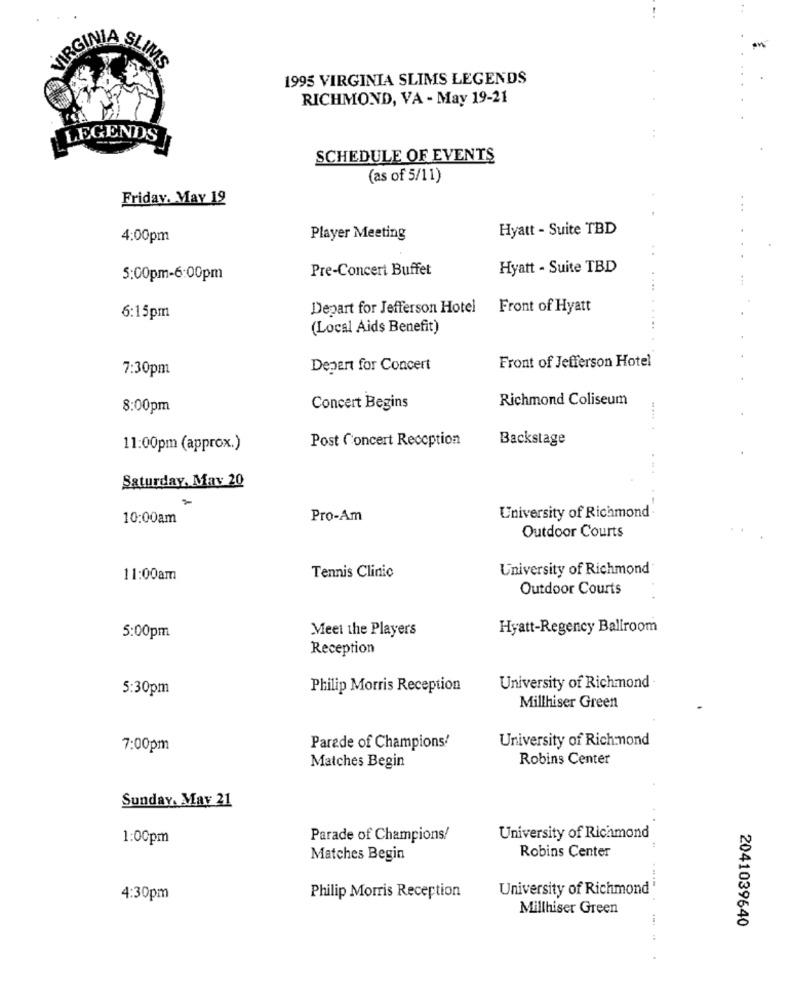
VIRGINIA SLI
1995 VIRGINIA SLIMS LEGENDS
RICHMOND, VA - May 19-21
LEGENDS
SCHEDULE OF EVENTS
(as of 5/11)
Friday. May 19
Hyatt - Suite TBD
4:00pm
Player Meeting
Pre-Concert Buffet
Hyatt - Suite TBD
5:00pm-6:00pm
Depart for Jefferson Hotel
Front of Hyatt
6:15pm
(Local Aids Benefit)
Front of Jefferson Hotel
7:30pm
Depert for Concert
Richmond Coliseum
8:00pm
Concert Begins
Post Concert Reception
Backstage
11:00pm (approx.)
Saturday, May 20
10:00am
Pro-Am
University of Richmond
Outdoor Courts
University of Richmond
11:00am
Tennis Clinic
Outdoor Courts
Meet the Players
Hyatt-Regency Ballroom
5:00pm
Reception
5:30pm
Philip Morris Reception
University of Richmond ·
Millhiser Green
University of Richmond
7:00pm
Parade of Champions!
Robins Center
Matches Begin
Sunday, May 21
1:00pm
Parade of Champions!
University of Richmond
Robins Center
Matches Begin
University of Richmond '
4:30pm
Philip Morris Reception
Millhiser Green
2041039640